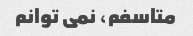
متاسفم، نمی توانم